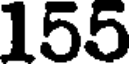
155